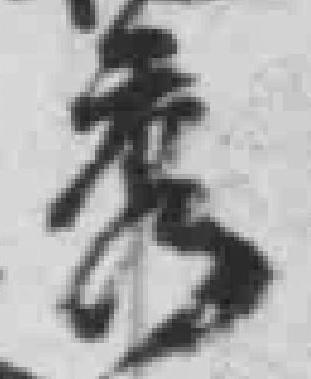
秀